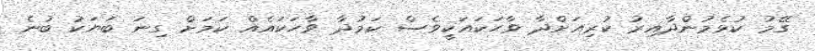
ގޭމު ކުޅެމުންދާއިރު ކުރިއަށްދާ ވާހަކައަކީވެސް ކަމުދާ ވާހަކައެއް ކަމަށް ގިނަ ބަޔަކު ބުނެ